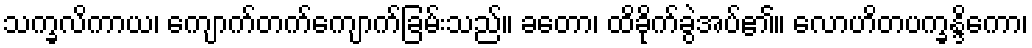
သက္ခလိကာယ၊ ကျောက်တက်ကျောက်ခြမ်းသည်။ ခတော၊ ထိခိုက်ခွဲအပ်၏။ လောဟိတပက္ခန္ဒိကော၊